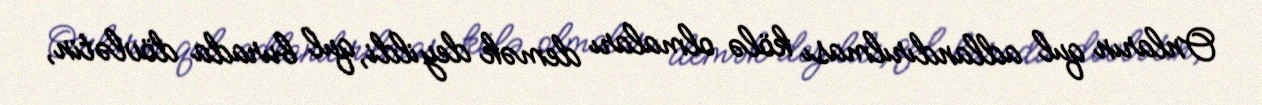
Onların qul adlandırılması kölə olmaları demək deyildi, qul burada dövlətin,